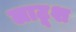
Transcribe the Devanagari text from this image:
लाटूश